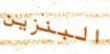
البنزين